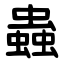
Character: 蟲